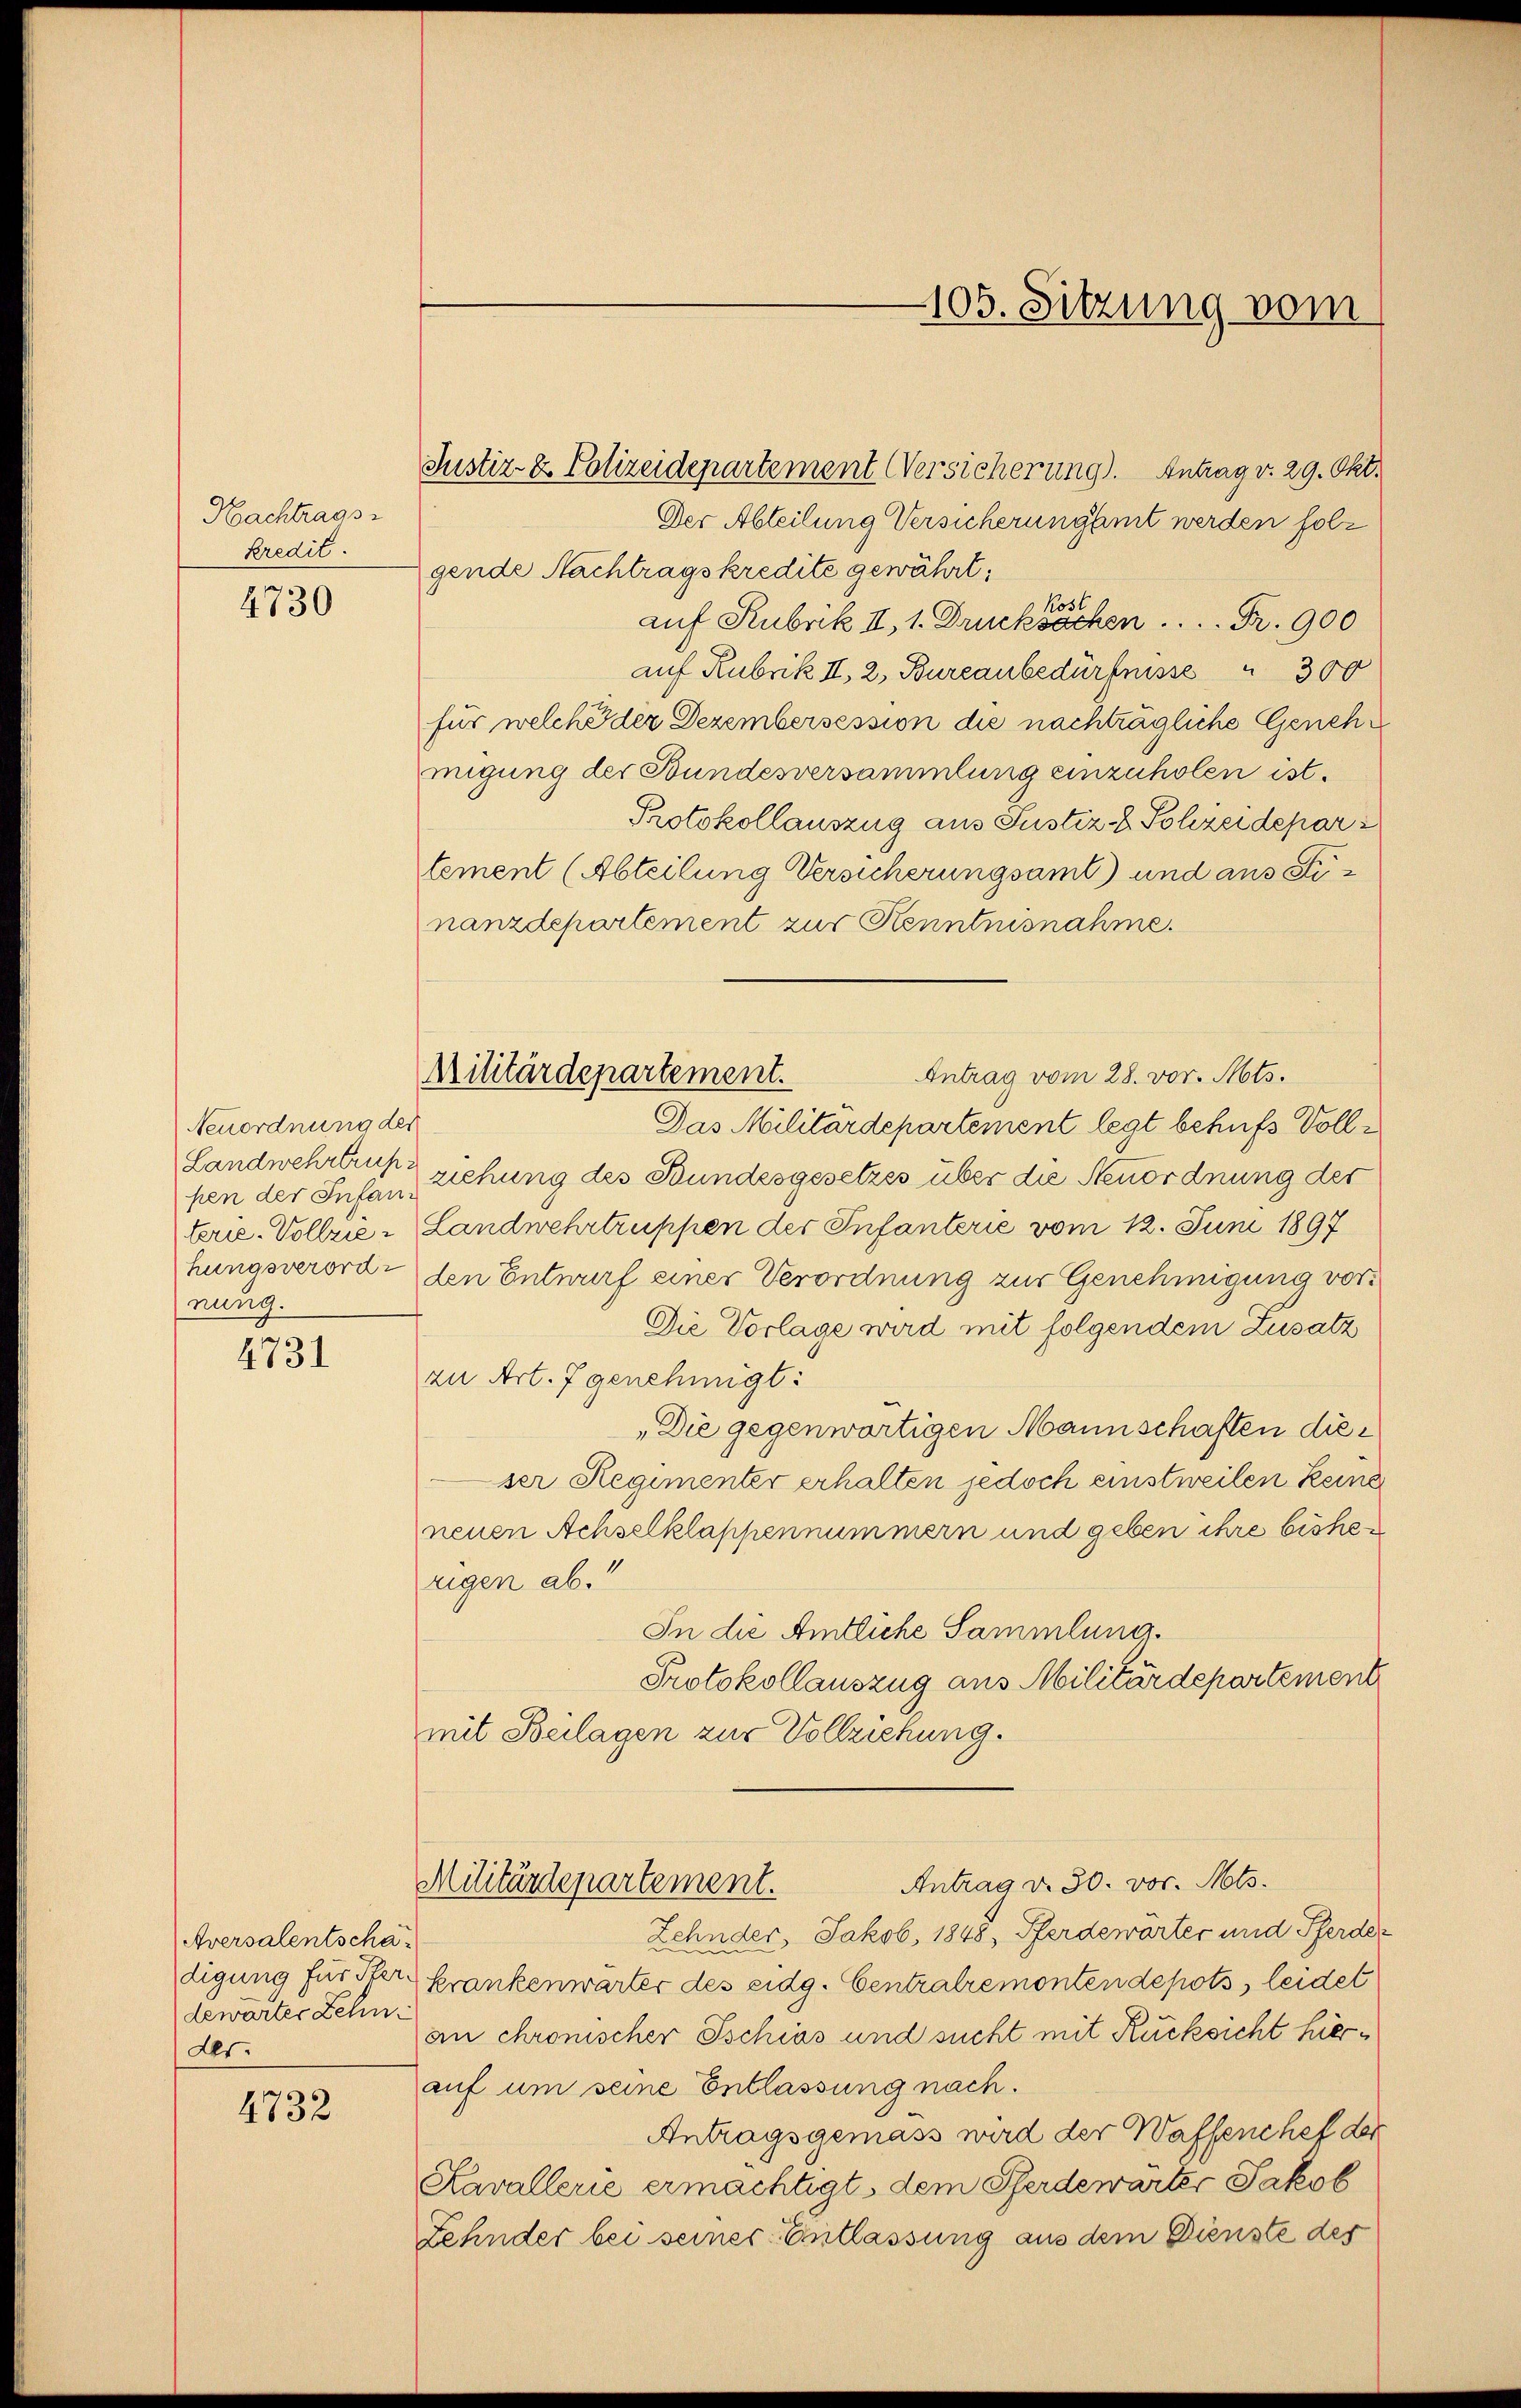
Nachtrags
kredit.

4730

Neuordnung der
Landwehrtrup
pen der Infanterie-Vollziehungsverordnung.

4731

Aversalentschadigung für Sterdewarter Zehn
des.

4732

Militärdepartement.

Justiz & Polizeidepartement Versicherung). Antrag v. 29. Okt.
Der Abteilung Versicherung amt werden folz
gende Nachtragskredite gewährt:
kost
auf Rubrik II, 1. Drucksachen  ..  ..  Fr. 900
auf Rubrik II, 2, Bureaubedürfnisse 300
für welche der Dezembersession die nachträgliche Genehmigung der Bundesversammlung einzuholen ist.
Protokollauszug aus Justiz- & Polizeidepar
tement (Abteilung Versicherungsamt) und aus Sinanzdepartement zur Kenntnisnahme.
Antrag vom 28. vor. Mts.
Das Militärdepartement legt behufs Vollziehung des Bundesgesetzes über die Neuordnung der
Landwehrtruppen der Infanterie vom 12. Juni 1897
den Entwurf einer Verordnung zur Genehmigung vor¬
Die Vorlage wird mit folgendem Zusatz
zu Art. 7 genehmigt:
„Die gegenwärtigen Mannschaften dieser Regimenter erhalten jedoch einstweilen keine
neuen Achselklappennummern und geben ihre bishezigen ab.
In die Amtliche Sammlung.
Protokollauszug aus Militärdepartement
mit Beilagen zur Vollziehung.
Antrag d. 30. vor. Mts.
Militärdepartement.
Zehnder, Jakob. 1848, Pferdewörter und Pferder
krankenwarter des eidg. Centralremonten depots, leidet
an chronischer Ischivs und sucht mit Rücksicht hierauf um seine Entlassung nach.
Antragsgemäss wird der Waffenchef der
Kavallerie ermächtigt, dem Pferdewarter Jakob
Zehnder bei seiner Entlassung aus dem Dienste des

105. Sitzung vom